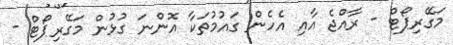
މަގޭރިޕޯޓް - ރާއްޖެ އާއި އެހެން ގައުމުތަކާ އޮންނަ ގުޅުން މަގޭރިޕޯޓް -